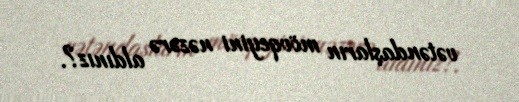
vətəndaşların mövqeyini nəzərə aldınız?.